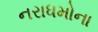
નરાધમોના